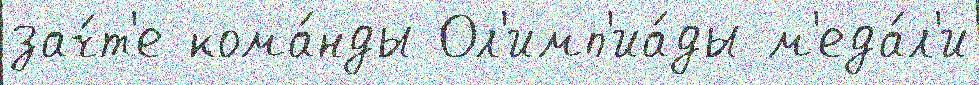
зач́т'е кома́нды Ол'имп'иа́ды м'еда́л'и